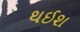
થઈશ